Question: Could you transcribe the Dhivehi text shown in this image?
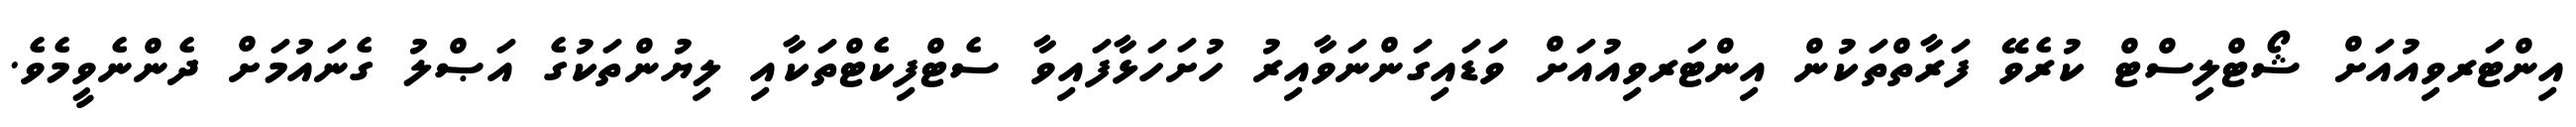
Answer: އިންޓަރވިއުއަށް ޝޯޓްލިސްޓް ކުރެވޭ ފަރާތްތަކުން އިންޓަރވިއުއަށް ވަޑައިގަންނަވާއިރު ހުށަހަޅާފައިވާ ސެޓްފިކެޓްތަކާއި ލިޔުންތަކުގެ އަޞްލު ގެނައުމަށް ދެންނެވީމެވެ.